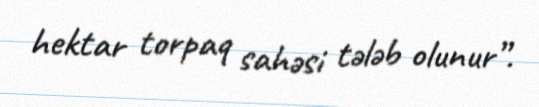
hektar torpaq sahəsi tələb olunur”.